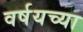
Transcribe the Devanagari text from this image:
वर्षयच्या